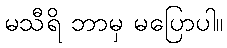
မသီရိ ဘာမှ မပြောပါ။